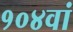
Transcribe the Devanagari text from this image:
१०४वां